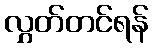
လွှတ်တင်ရန်